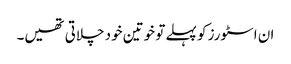
ان اسٹورز کو پہلے تو خوتین خود چلاتی تھیں۔